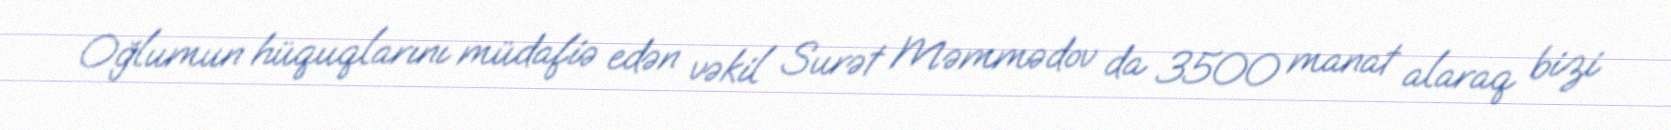
Oğlumun hüquqlarını müdafiə edən vəkil Surət Məmmədov da 3500 manat alaraq bizi